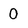
Character: O